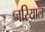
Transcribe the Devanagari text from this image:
जरियाल